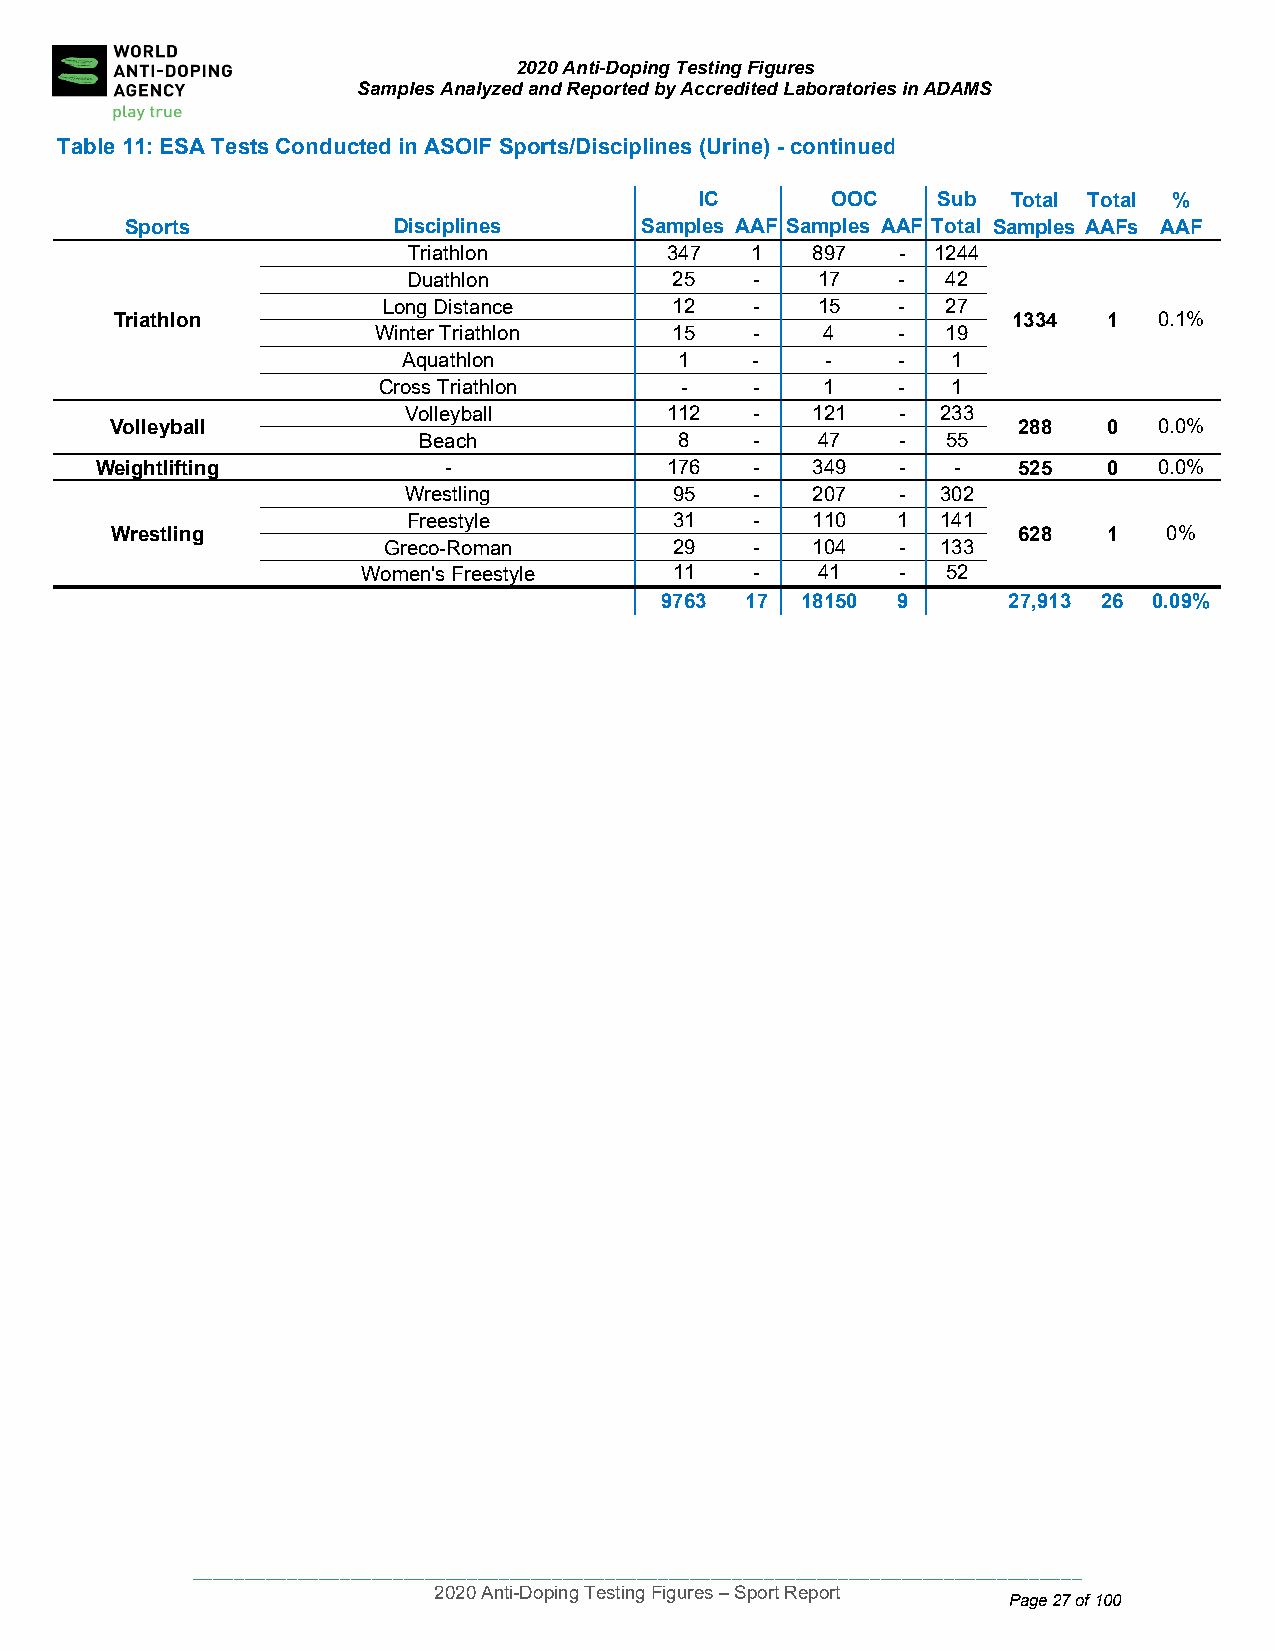
2020 Anti-Doping Testing Figures
 Samples Analyzed and Reported by Accredited Laboratories in ADAMS
 Table 11: ES A Tests Conducted in ASOIF Sports/Disciplines (Urine) - continued
 IC       OOC    Sub  Total Total %
 Sports            Disciplines     Samples AAF Samples AAF Total Samples AAFs AAF
 Triathlon        347   1   897   - 1244
 Duathlon          25   -   17    -  42
 Long Distance       12   -   15    -  27
 Triathlo n                                                 1334  1   0.1%
 Winter Triathlon    15   -    4    -  19
 Aquathlon         1    -    -    -  1
 Cross Triathlon     -    -    1    -  1
 Volleyball       112   -   121   - 233
 Volleyba ll                                                 288   0   0.0%
 Beach            8    -   47    -  55
 Weightlifting          -              176   -   349   -  -   525   0   0.0%
 Wrestling         95   -   207   - 302
 Freestyle         31   -   110  1  141
 Wrestlin g                                                  628   1   0%
 Greco-Roman         29   -   104   - 133
 Women's Freestyle    11   -   41    -  52
 9763 17  18150 9       2 7,913 26 0.09%
 ____________________________________________________________________________________
 2020 Anti-Doping Testing Figures – Sport Report
 Page 27 of 100